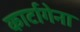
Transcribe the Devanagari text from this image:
कार्टागेना